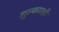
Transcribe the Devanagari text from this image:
शुल्कातही